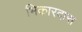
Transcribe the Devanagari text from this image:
भिकारदास